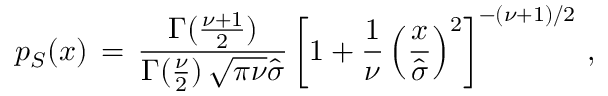
p _ { S } ( x ) \, = \, \frac { \Gamma ( \frac { \nu + 1 } { 2 } ) } { \Gamma ( \frac { \nu } { 2 } ) \, \sqrt { \pi \nu } \hat { \sigma } } \left[ 1 + \frac { 1 } { \nu } \left( \frac { x } { \hat { \sigma } } \right) ^ { 2 } \right] ^ { - ( \nu + 1 ) / 2 } \, ,